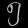
Digit: ၅